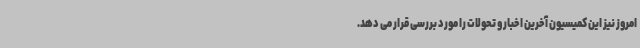
امروز نیز این کمیسیون آخرین اخبار و تحولات را مورد بررسی قرار می دهد.